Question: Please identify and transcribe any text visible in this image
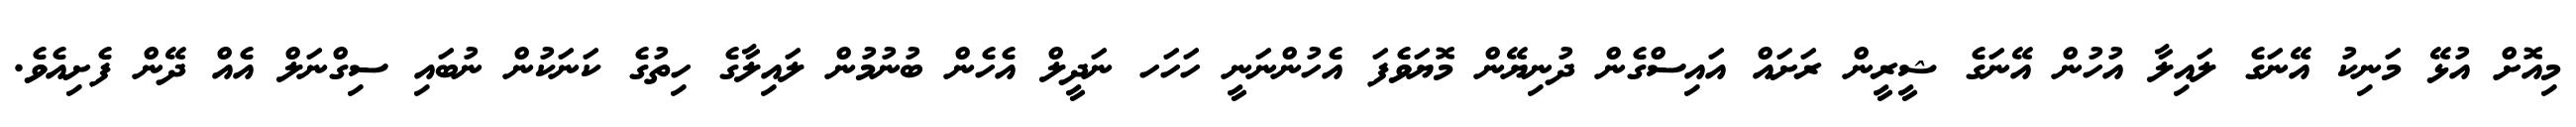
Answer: މިއޮށް އުޅޭ މަނިކު އޭނަގެ ލައިލާ އުހުން އޭނަގެ ޝީރީން ރަށައް އައިސްގެން ދުނިޔޭން މޮޔަވެފަ އެހުންނަނީ ހަހަހ ނަދީލް އެހެން ބުނުމުން ލައިލާގެ ހިތުގެ ކަނަކުން ނުބައި ސިގްނަލް އެއް ދޭން ފެށިއެވެ.